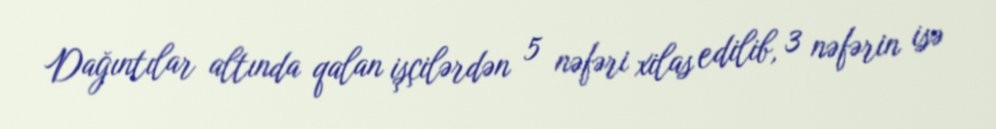
Dağıntılar altında qalan işçilərdən 5 nəfəri xilas edilib, 3 nəfərin isə